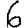
Digit: 6